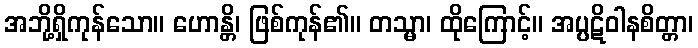
အဘို့ရှိကုန်သော။ ဟောန္တိ၊ ဖြစ်ကုန်၏။ တသ္မာ၊ ထိုကြောင့်။ အပ္ပဋိဝါနစိတ္တာ၊